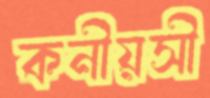
কনীয়সী